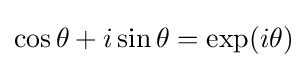
\cos \theta +i\sin \theta =\exp(i\theta )